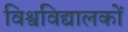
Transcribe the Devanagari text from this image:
विश्वविद्यालकों